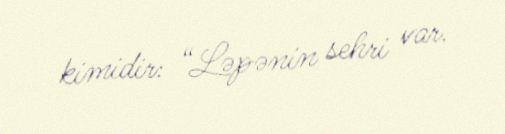
kimidir: “Ləpənin sehri var.